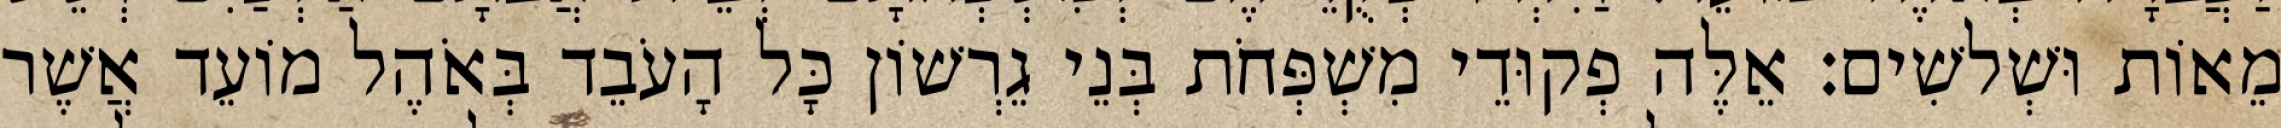
מֵאוֹת וּשְׁלשִׁים׃ אֵלֶּה פְקוּדֵי מִשְׁפְּחֹת בְּנֵי גֵרְשׁוֹן כָּל הָעֹבֵד בְּאֹהֶל מוֹעֵד אֲשֶׁר